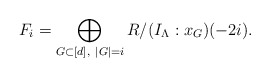
\begin{align*}F_i = \bigoplus_{G \subset [d],\ |G| = i} R/(I_{\Lambda} :x_G) (-2i). \end{align*}